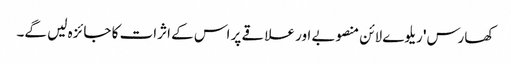
کھارس' ریلوے لائن منصوبے اور علاقے پر اس کے اثرات کا جائزہ لیں گے۔